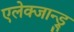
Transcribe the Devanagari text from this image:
एलेक्जान्ड्रु